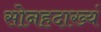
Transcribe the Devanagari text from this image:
सोनहदाख्यं